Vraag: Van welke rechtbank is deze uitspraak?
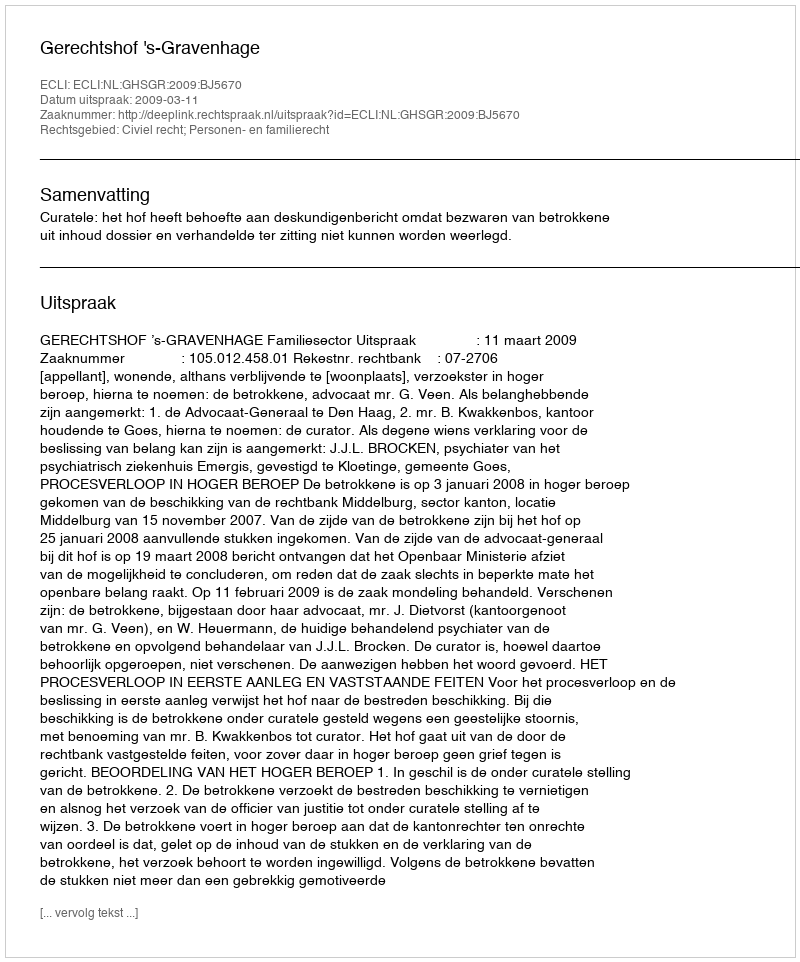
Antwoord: Gerechtshof 's-Gravenhage